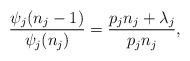
LaTeX: \begin{align*}\frac{\psi_j(n_j - 1)}{\psi_j(n_j)} = \frac{p_j n_j + \lambda_j}{p_j n_j},\end{align*}